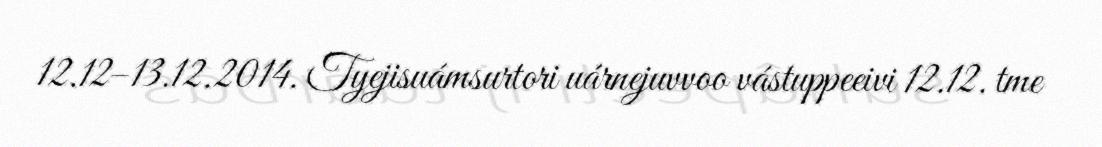
12.12–13.12.2014. Tyejisuámsurtori uárnejuvvoo vástuppeeivi 12.12. tme